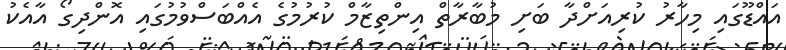
އައްޑޫގައި މިހާރު ކުރިއަށްދާ ބަށި މުބާރާތް އިންތިޒާމް ކުރުމުގެ އެއްބަސްވުމުގައި އޮންދިގޯ އާއެކު